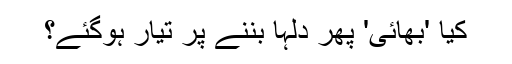
کیا 'بھائی' پھر دلہا بننے پر تیار ہوگئے؟